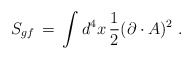
\begin{align*}S_{gf}\,=\, \int d^4x \, \frac{1}{2} (\partial \cdot A)^2 \;.\end{align*}